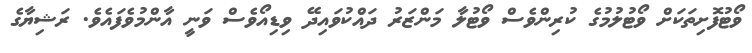
ވޯޓުފޮށިތަކަށް ވޯޓުލުމުގެ ކުރިންވެސް ވޯޓުލާ މަންޒަރު ދައްކުވައިދޭ ވިޑިއޯވެސް ވަނީ އާންމުވެފައެވެ. ރަޝިޔާގެ